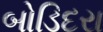
બોડિદરા